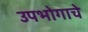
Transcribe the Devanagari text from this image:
उपभोगाचे